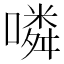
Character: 噒